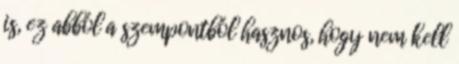
is, ez abból a szempontból hasznos, hogy nem kell